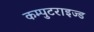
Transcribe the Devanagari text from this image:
कम्पुटराइज्ड